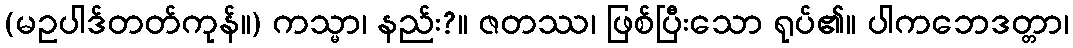
(မဥပါဒ်တတ်ကုန်။) ကသ္မာ၊ နည်း?။ ဇတဿ၊ ဖြစ်ပြီးသော ရုပ်၏။ ပါကဘေဒတ္တာ၊